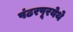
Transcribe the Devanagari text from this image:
पंढरपूरयेथे